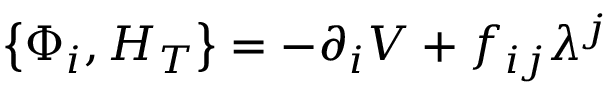
\left\{ \Phi _ { i } , H _ { T } \right\} = - \partial _ { i } V + f _ { i j } \lambda ^ { j }